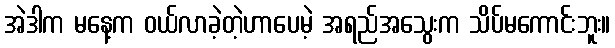
အဲဒါက မနေ့က ဝယ်လာခဲ့တဲ့ဟာပေမဲ့ အရည်အသွေးက သိပ်မကောင်းဘူး။